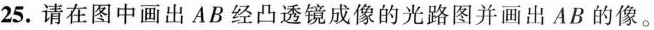
25.请在图中画出AB经凸透镜成像的光路图并画出AB的像。